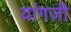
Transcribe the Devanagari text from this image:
यांगज़ी